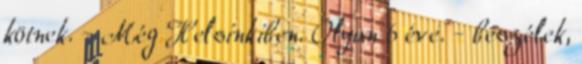
kötnek. - Még Helsinkiben. Olyan 6 éve. - beszélek,